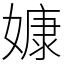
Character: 嫝